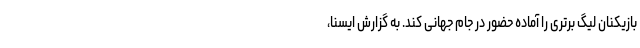
بازیکنان لیگ برتری را آماده حضور در جام جهانی کند. به گزارش ایسنا،